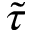
\tilde { \tau }